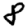
Digit: 8